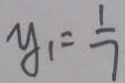
y _ { 1 } = \frac { 1 } { 7 }